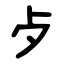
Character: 歺